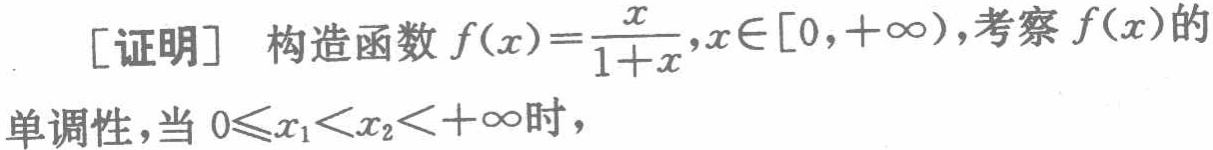
[证明] 构造函数 \(f(x)=\frac{x}{1 + x},x\in[0,+\infty)\)，考察 \(f(x)\)的单调性，当 \(0\leqslant x_{1}<x_{2}<+\infty\)时，